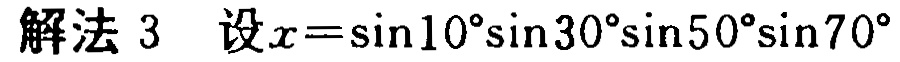
解法 3 设\(x = \sin10^{\circ}\sin30^{\circ}\sin50^{\circ}\sin70^{\circ}\)